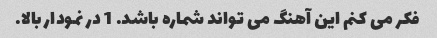
فکر می کنم این آهنگ می تواند شماره باشد. 1 در نمودار بالا.